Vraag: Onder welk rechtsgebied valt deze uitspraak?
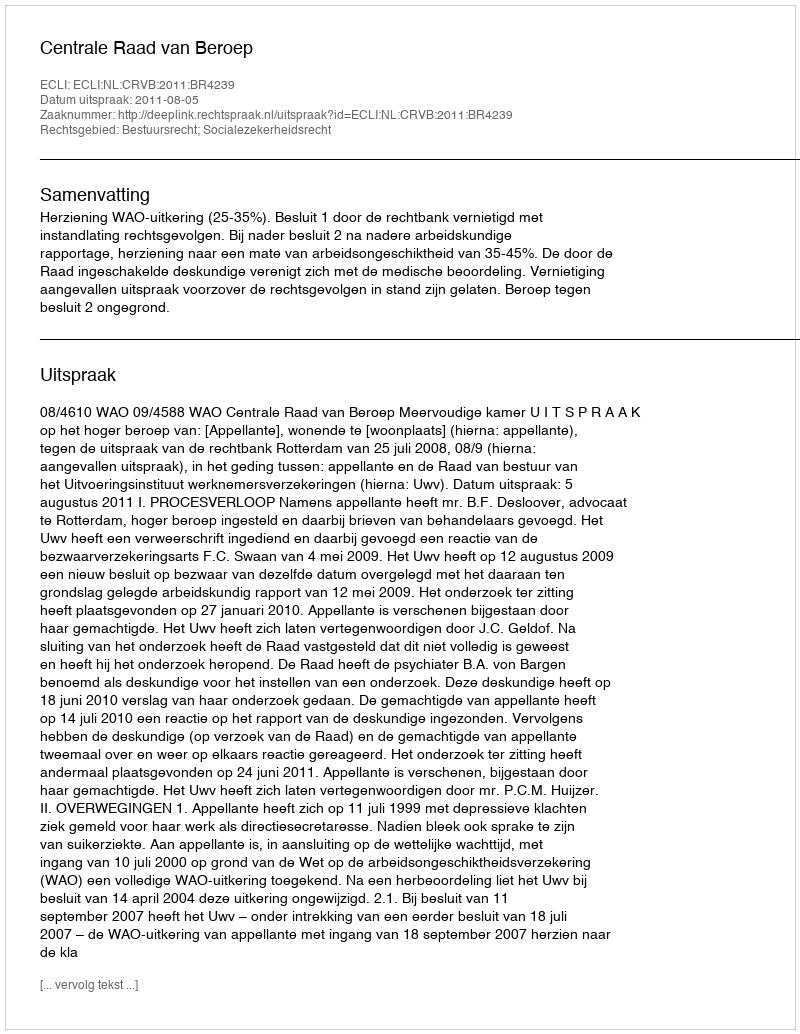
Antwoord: Bestuursrecht; Socialezekerheidsrecht